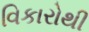
વિકારોથી